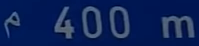
400 m